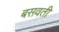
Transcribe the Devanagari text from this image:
बसवती